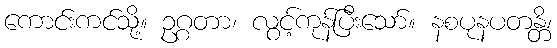
ကောင်းကင်သို့။ ဥဂ္ဂတာ၊ လွင့်ကုန်ပြီးသော်။ နစပုနပတန္တိ၊